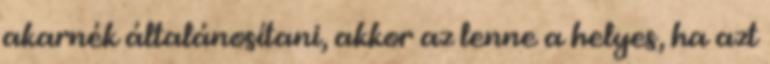
akarnék általánosítani, akkor az lenne a helyes, ha azt